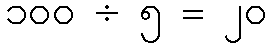
၁၀၀ ÷ ၅ = ၂၀